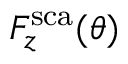
F _ { z } ^ { \mathrm { s c a } } ( \theta )